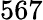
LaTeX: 567